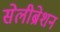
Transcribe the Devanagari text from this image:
सेलीब्रेशन